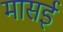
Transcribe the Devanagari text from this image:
मासई